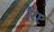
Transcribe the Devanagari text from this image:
रिष्ट